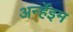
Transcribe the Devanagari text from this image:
अर्न्हेइम